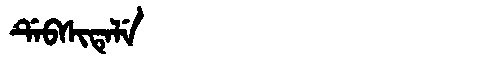
Manchu: ᡩᡝᠪᠰᡳᡨᡝᠯᡝ
Romanization: DEBSITELE